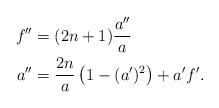
LaTeX: \begin{align*}f'' &= (2n+1)\frac{a''}{a} \\a''&= \frac{2n}{a}\left(1-(a')^2\right) + a'f'.\end{align*}